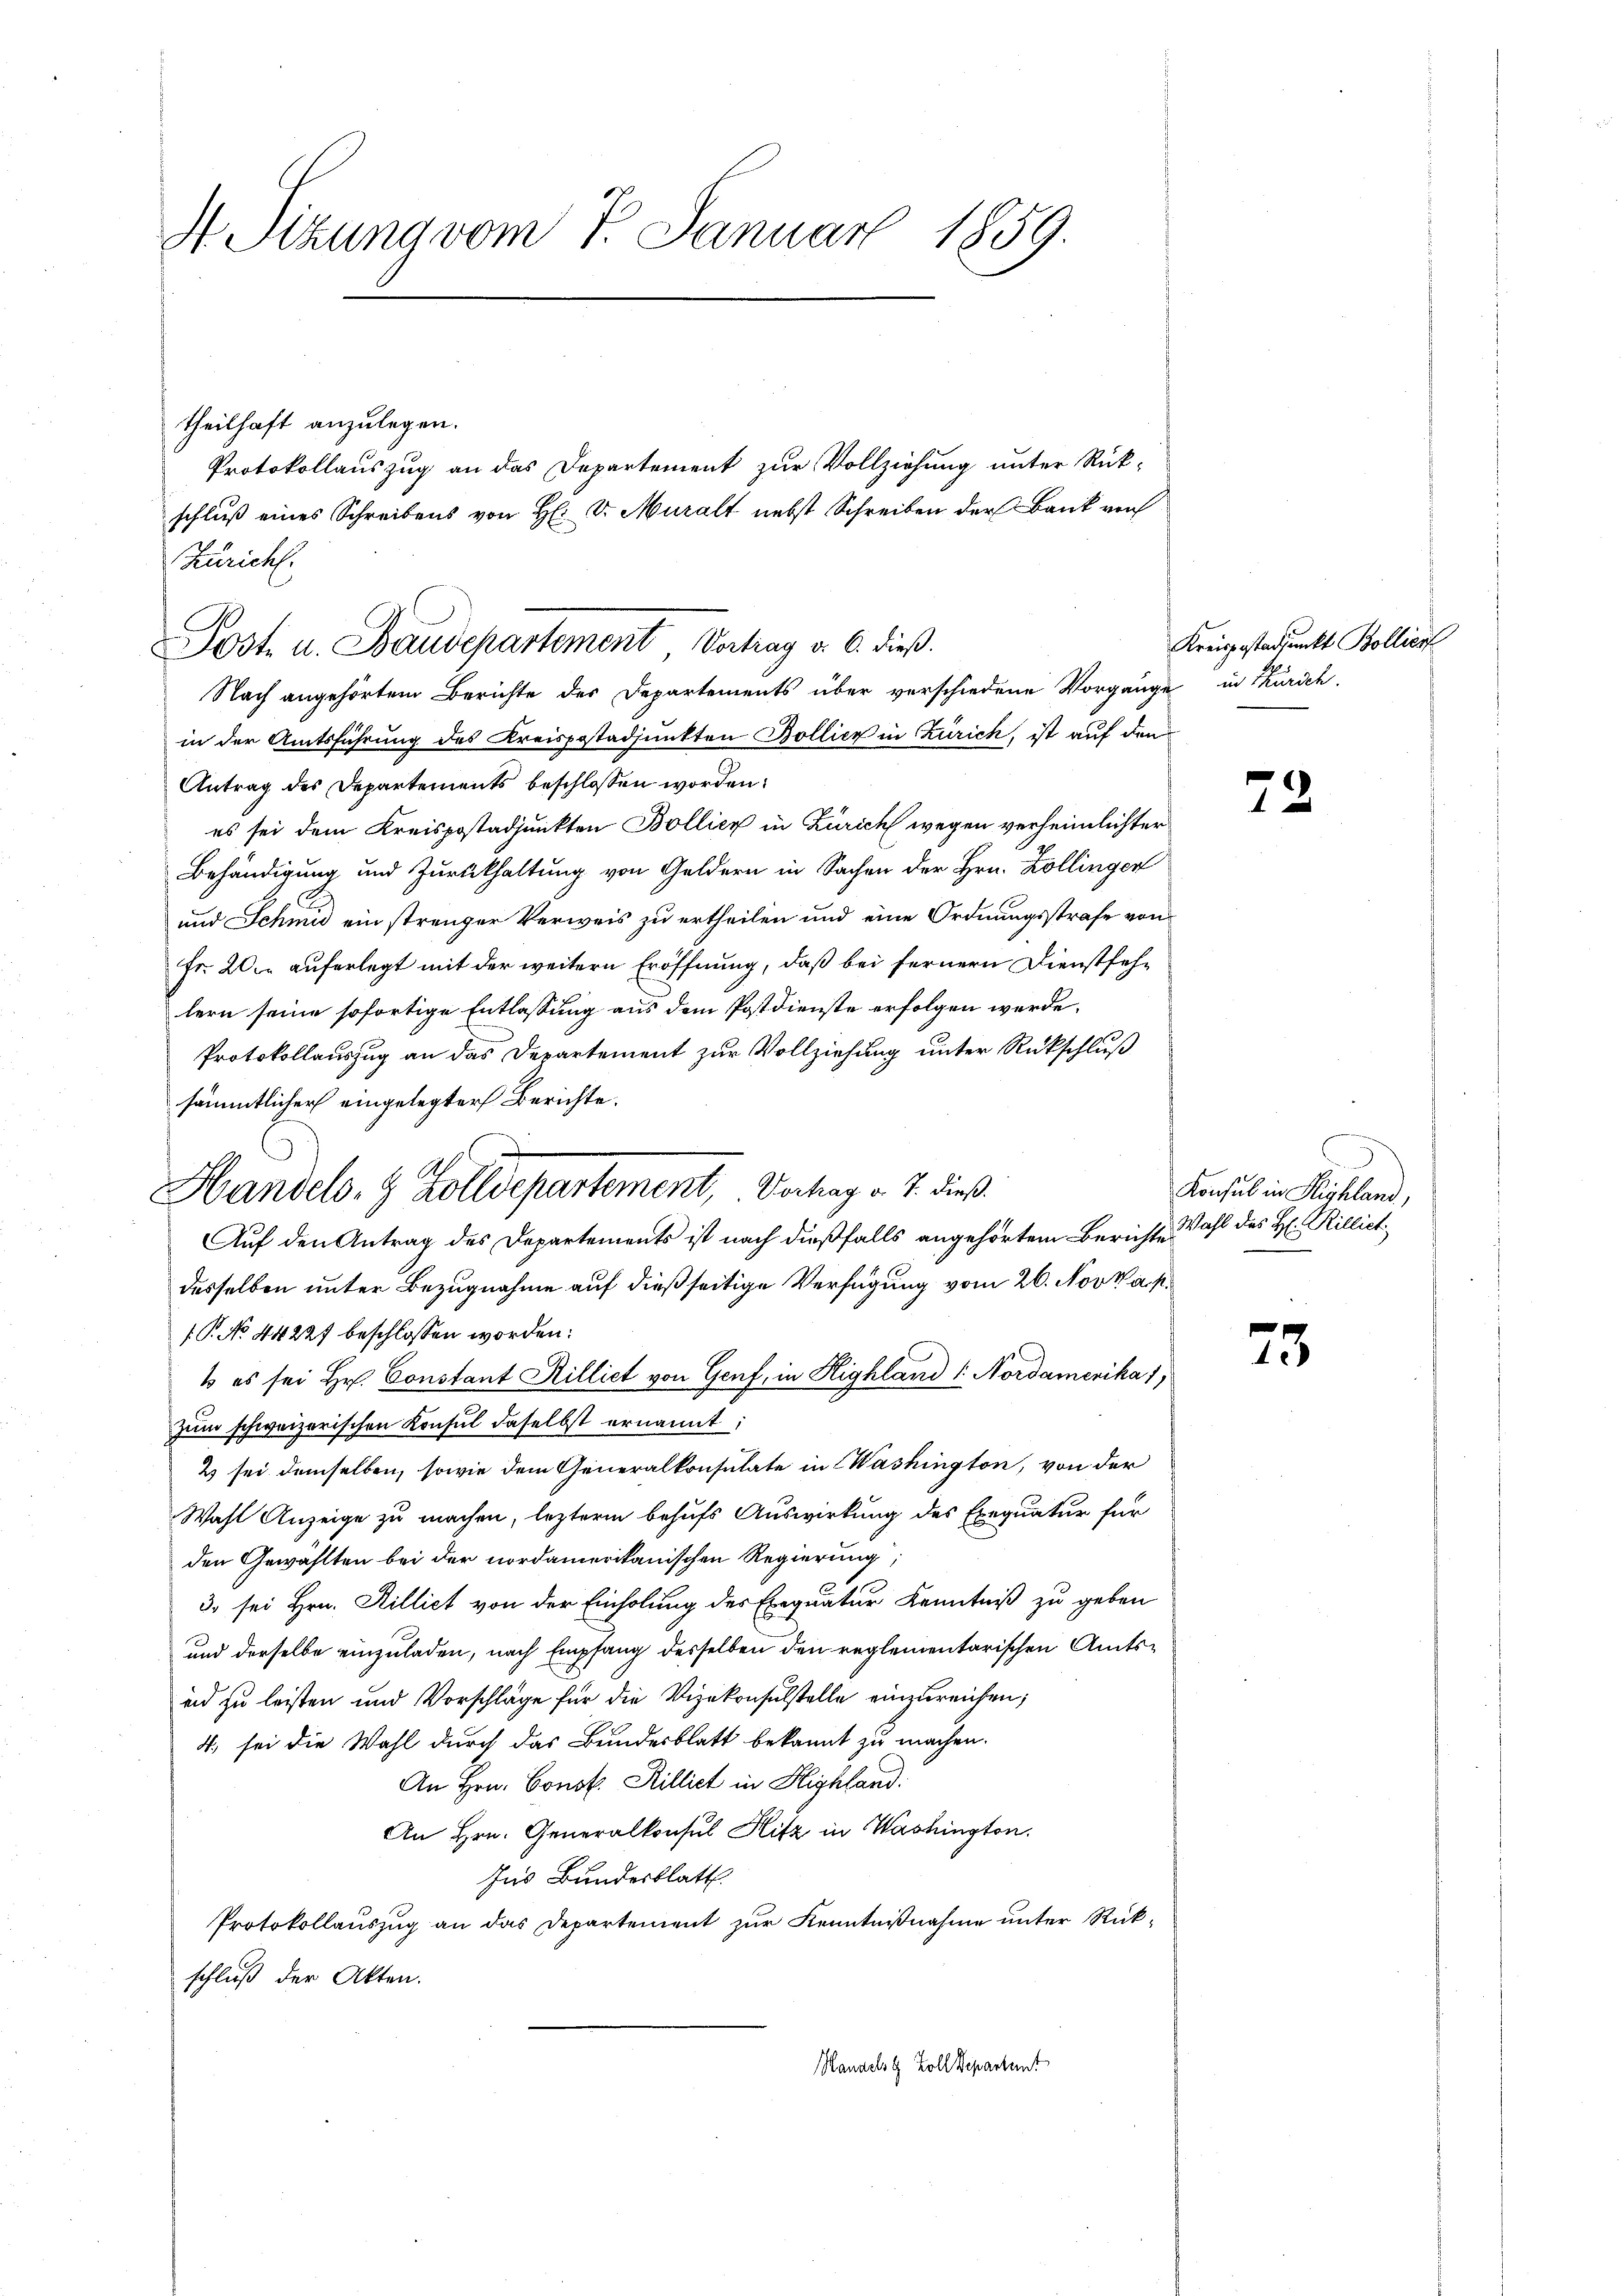
H Sitzung vom 7. Januar 1859.

theilhaft anzulegen.
Protokollauszug an das Departement zur Vollziehung unter Rück-
Nach angehörtem Berichte des Departements über verschiedene Vorgänge in Kursch
in der Amtsführung des Kreispostadjunkten Bollier in Zürich, ist auf den
Antrag des Departements beschlossen worden:
es sei dem Kreispostadjunkten Bollier in Zürich wegen verheimlichter
Behändigung und Zurückhaltung von Geldern in Sachen der Hrn. Zollinger
und Schmu ein strenger Verweis zu ertheilen und eine Ordnungsstrafe von
Fr. 20. auferlegt mit der weitern Eröffnung, daß bei fernern Dienstfehlern seine sofortige Entlassung aus dem Postdienste erfolgen werde.
Protokollauszug an das Departement zur Vollziehung unter Rückschluß
sämmtlicher eingelegter Berichte.
desselben unter Bezugnahme auf dießseitige Verfügung vom 26. Nov. a. p.
P. No. 44227 beschlossen worden:
s es sei Hr. Constant Rilliet von Genf, in Highland 1. Nordamerika 1,
zum schweizerischen Konsul daselbst ernannt:
2 sei demselben, sowie dem Generalkonsulate in Washington, von der
Wahl Anzeige zu machen, lezterm behufs Auswirkung des Exequatur für
den Gewählten bei der nordamerikanischen Regierung;
3. sei Hrn. Hillict von der Einholung des Exequatur Kenntniß zu geben
und derselbe einzuladen, nach Empfang desselben den reglementarischen Amts¬
und zu leisten und Vorschläge für die Vizekonsulstelle einzureichen;
4. sei die Wahl durch das Bundesblatt bekannt zu machen.
An Hrn. Const. Rilliet in Highland.
An Hrn. Generalkonsul Hitz in Washington.
Ins Bundesblatt
Protokollauszug an das Departement zur Kenntnißnahme unter Rückschluß der Akten.
Handels & Zoll Departent

Züricht.
Sost. u. Baudepartement Vortrag v. 6. dieß.

Handels- & Zolldepartement, Verhag v. J. dieß.
Auf den Antrag des Departements ist nach dießfalls angehörtem Berichte

schluß eines Schreibens von H: v. Muralt nebst Schreiben der Bank vorh

Kreispostandpunkt Bolliert

7

.

Konsul in Sichland,
Wahl des H: Rillict

25